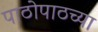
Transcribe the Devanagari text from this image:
पाठोपाठच्या